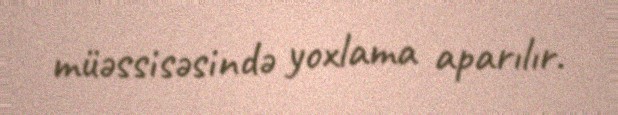
müəssisəsində yoxlama aparılır.